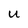
Character: u